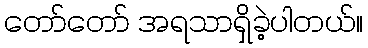
တော်တော် အရသာရှိခဲ့ပါတယ်။